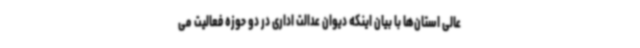
عالی استان‌ها با بیان اینکه دیوان عدالت اداری در دو حوزه فعالیت می